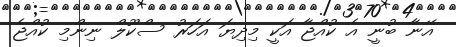
އޭނާ ބުނީ އެ ކުއްޖާ އަކީ މިދިޔަ އަހަރު ސްކޫލް ނިންމި ކުއްޖެ